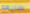
سريعه